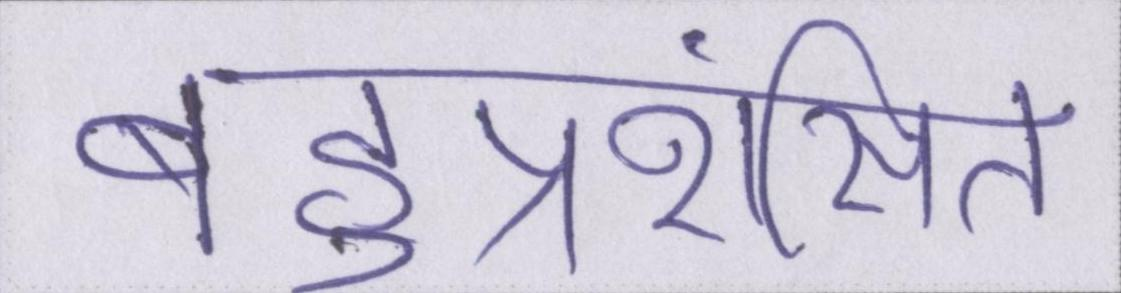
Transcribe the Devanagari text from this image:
बहुप्रशंसित